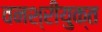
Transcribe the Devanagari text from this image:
वनश्रीयुक्त